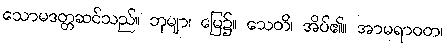
သောမဒတ္တဆင်သည်။ ဘုမျာ၊ မြေ၌။ သေတိ၊ အိပ်၏။ အာမရာဝတ၊